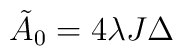
{\tilde A}_0=4\lambda J \Delta